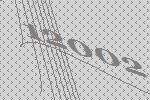
12002